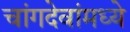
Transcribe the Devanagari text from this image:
चांगदेवांमध्ये